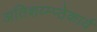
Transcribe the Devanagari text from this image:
अतिशय्म्प्ठेकार्य